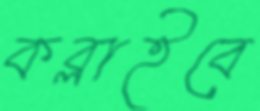
কব্‌লাইবে